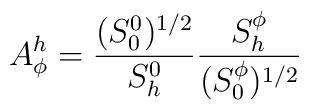
A_\phi ^h=\frac{(S_0^0)^{1/2}}{S_h^0}\frac{S_h^\phi }{(S_0^\phi )^{1/2}}